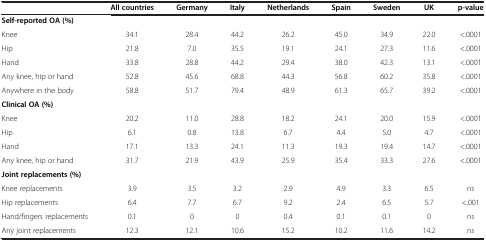
|  | All countries | Germany | Italy | Netherlands | Spain | Sweden | UK | p-value |
 | --- | --- | --- | --- | --- | --- | --- | --- | --- |
 | Self-reported OA (%) |  |  |  |  |  |  |  |  |
 | Knee | 34.1 | 28.4 | 44.2 | 26.2 | 45.0 | 34.9 | 22.0 | <.0001 |
 | Hip | 21.8 | 7.0 | 35.5 | 19.1 | 24.1 | 27.3 | 11.6 | <.0001 |
 | Hand | 33.8 | 28.8 | 44.2 | 29.4 | 38.0 | 42.3 | 13.1 | <.0001 |
 | Any knee, hip or hand | 52.8 | 45.6 | 68.8 | 44.3 | 56.8 | 60.2 | 35.8 | <.0001 |
 | Anywhere in the body | 58.8 | 51.7 | 79.4 | 48.9 | 61.3 | 65.7 | 39.2 | <.0001 |
 | Clinical OA (%) |  |  |  |  |  |  |  |  |
 | Knee | 20.2 | 11.0 | 28.8 | 18.2 | 24.1 | 20.0 | 15.9 | <.0001 |
 | Hip | 6.1 | 0.8 | 13.8 | 6.7 | 4.4 | 5.0 | 4.7 | <.0001 |
 | Hand | 17.1 | 13.3 | 24.1 | 11.3 | 19.3 | 19.4 | 14.7 | <.0001 |
 | Any knee, hip or hand | 31.7 | 21.9 | 43.9 | 25.9 | 35.4 | 33.3 | 27.6 | <.0001 |
 | Joint replacements (%) |  |  |  |  |  |  |  |  |
 | Knee replacements | 3.9 | 3.5 | 3.2 | 2.9 | 4.9 | 3.3 | 6.5 | ns |
 | Hip replacements | 6.4 | 7.7 | 6.7 | 9.2 | 2.4 | 6.5 | 5.7 | <.001 |
 | Hand/fingers replacements | 0.1 | 0 | 0 | 0.4 | 0.1 | 0.1 | 0 | ns |
 | Any joint replacements | 12.3 | 12.1 | 10.6 | 15.2 | 10.2 | 11.6 | 14.2 | ns |